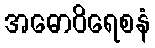
အဓောဝိရေစနံ